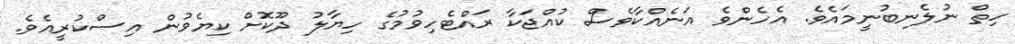
ހިތް ނުލެނބުނީމައެވެ. އެހެންވެ އަނެއްކާވެސް ކުއްޖަކާ ރައްޓެހިވުމުގެ ހިޔާލު ދޫކޮށް ކިޔެވުން އިސްކުރީއެވެ.